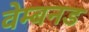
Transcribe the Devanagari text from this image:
वेम्बनड